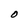
Character: O